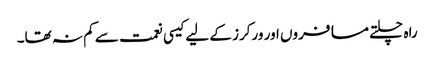
راہ چلتے مسافروں اور ورکرز کے لیے کیسی نعمت سے کم نہ تھا۔